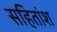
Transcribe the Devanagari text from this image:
सहितांश